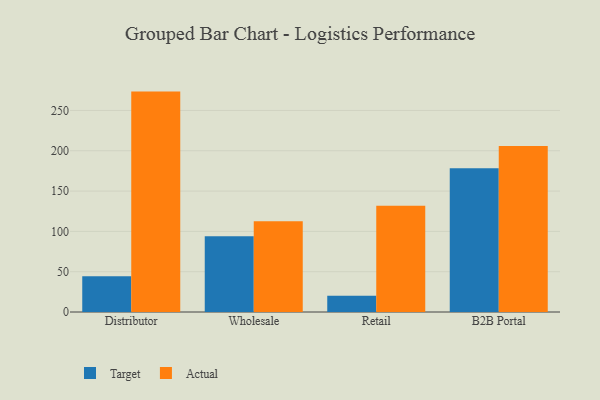
{"axis": {"x": "Channel", "y": "Gross Profit (USD K)"}, "legend": ["Actual", "Target"], "data": [{"x": "Distributor", "y": 44.2, "type": "Target"}, {"x": "Distributor", "y": 273.4, "type": "Actual"}, {"x": "Wholesale", "y": 94.1, "type": "Target"}, {"x": "Wholesale", "y": 112.5, "type": "Actual"}, {"x": "Retail", "y": 20.3, "type": "Target"}, {"x": "Retail", "y": 131.8, "type": "Actual"}, {"x": "B2B Portal", "y": 178.4, "type": "Target"}, {"x": "B2B Portal", "y": 206.0, "type": "Actual"}]}